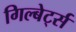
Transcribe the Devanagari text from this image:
गिल्बेर्ट्स